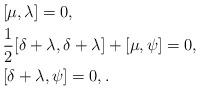
LaTeX: \begin{align*}&[\mu,\lambda]=0, \\&\frac12[\delta+\lambda,\delta+\lambda]+[\mu,\psi]=0, \\&[\delta+\lambda,\psi]=0,.\end{align*}